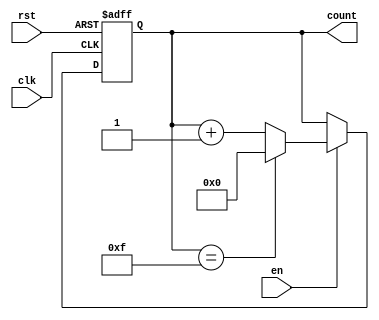
module MemoryBlocksUpCounter #(
    parameter WIDTH = 4 // Define the width of the counter (e.g., 4 bits)
) (
    input wire clk,      // Clock input
    input wire rst,      // Asynchronous reset input
    input wire en,       // Enable input
    output reg [WIDTH-1:0] count // Current count output
);

    // Always block for synchronous reset and counting
    always @(posedge clk or posedge rst) begin
        if (rst) begin
            count <= 0; // Reset the counter to zero
        end else if (en) begin
            if (count == (1 << WIDTH) - 1) begin
                count <= 0; // Wrap around to zero
            end else begin
                count <= count + 1; // Increment the counter
            end
        end
    end

endmodule